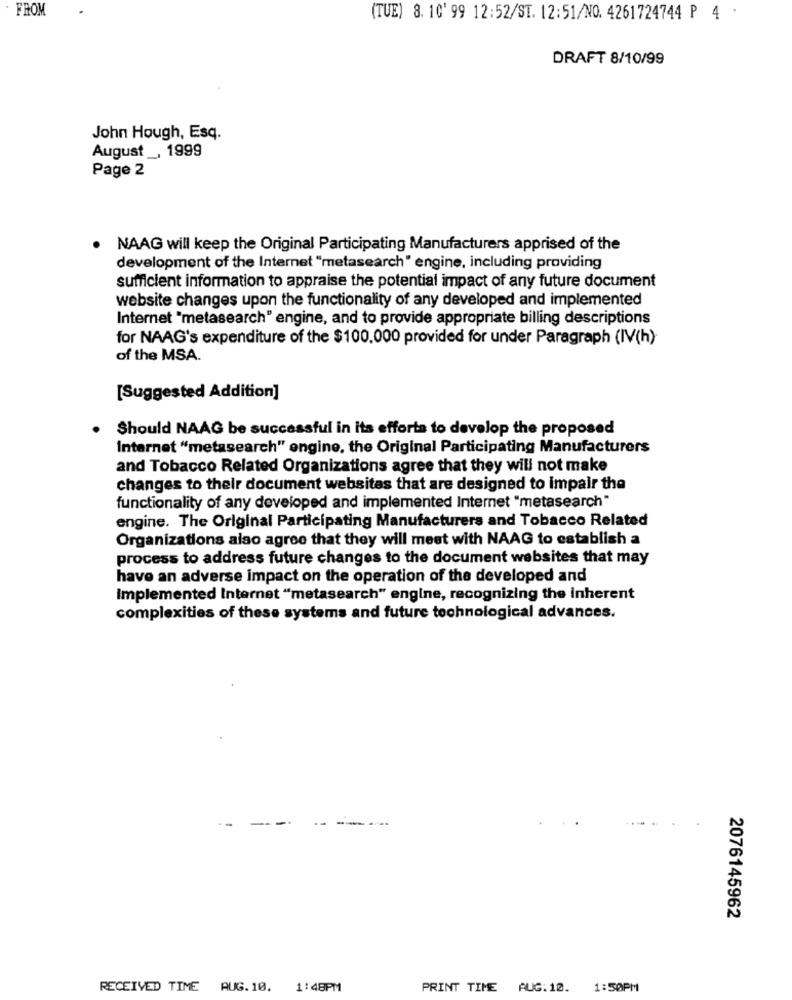
FROM
(TUE) 8. 10' 99 12:52/ST. 12:51/NO. 4261724744 P 4 .
DRAFT 8/10/99
John Hough, Esq.
August _, 1999
Page 2
NAAG will keep the Original Participating Manufacturers apprised of the
development of the Internet "metasearch" engine, including providing
sufficient information to appraise the potential impact of any future document
website changes upon the functionality of any developed and implemented
Internet "metasearch" engine, and to provide appropriate billing descriptions
for NAAG's expenditure of the $100,000 provided for under Paragraph (IV(h)
of the MSA.
[Suggested Addition]
Should NAAG be successful in its efforts to develop the proposed
Internet "metasearch" engine, the Original Participating Manufacturers
and Tobacco Related Organizations agree that they will not make
changes to their document websites that are designed to impair the
functionality of any developed and implemented Internet "metasearch"
engine. The Original Participating Manufacturers and Tobacco Related
Organizations also agree that they will meet with NAAG to establish a
process to address future changes to the document websites that may
have an adverse impact on the operation of the developed and
Implemented Internet "metasearch" engine, recognizing the inherent
complexities of these systems and future technological advances.
2076145962
RECEIVED TIME AUG.10. 1:48PM
PRINT TIME AUG.10. 1:50PM